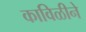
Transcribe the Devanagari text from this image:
काविळीने